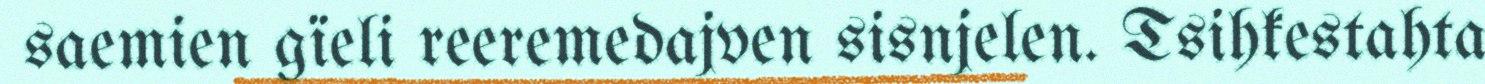
saemien gïeli reeremedajven sisnjelen. Tsihkestahta